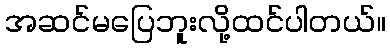
အဆင်မပြေဘူးလို့ထင်ပါတယ်။